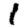
Digit: 1